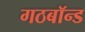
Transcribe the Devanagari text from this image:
गठबॉन्ड